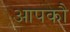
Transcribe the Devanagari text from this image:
आपकौ